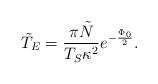
LaTeX: \begin{align*}\tilde{T}_E = \frac{\pi \tilde{N}}{T_S\kappa^2}e^{-\frac{\Phi_0}{2}} .\end{align*}